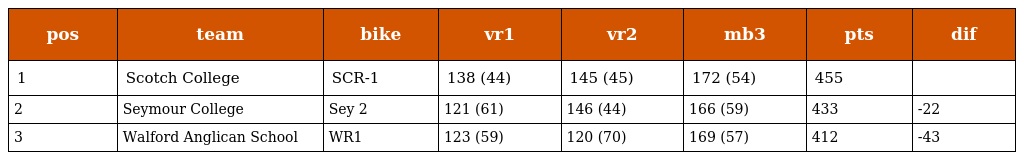
| pos | team | bike | vr1 | vr2 | mb3 | pts | dif |
 | --- | --- | --- | --- | --- | --- | --- | --- |
 | 1 | Scotch College | SCR-1 | 138 (44) | 145 (45) | 172 (54) | 455 |  |
 | 2 | Seymour College | Sey 2 | 121 (61) | 146 (44) | 166 (59) | 433 | -22 |
 | 3 | Walford Anglican School | WR1 | 123 (59) | 120 (70) | 169 (57) | 412 | -43 |